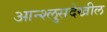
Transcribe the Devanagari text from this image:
आन्श्लुसदेखील